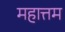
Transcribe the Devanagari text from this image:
महात्तम